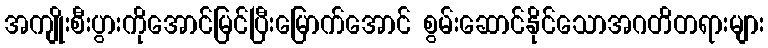
အကျိုးစီးပွားကိုအောင်မြင်ပြီးမြောက်အောင် စွမ်းဆောင်နိုင်သောအဂတိတရားများ